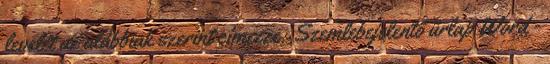
levelét az alábbiak szerint címezze: Szemlebejelentő űrlap Word -